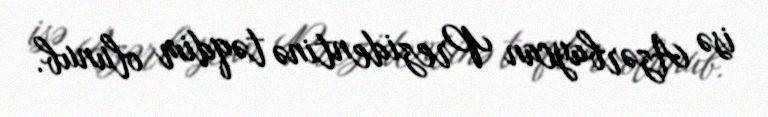
isə Azərbaycan Prezidentinə təqdim olunub.